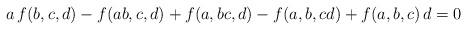
LaTeX: \begin{align*} a\,f(b,c,d) -f(ab,c,d) + f(a,bc,d) -f(a,b,cd) +f(a,b,c)\, d = 0\end{align*}